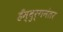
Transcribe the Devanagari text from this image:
हँम्बुर्गनंतर